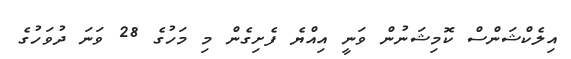
އިލެކްޝަންސް ކޮމިޝަނުން ވަނީ އިއްޔެ ފެށިގެން މި މަހުގެ 28 ވަނަ ދުވަހުގެ